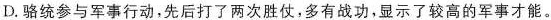
D.骆统参与军事行动，先后打了两次胜仗，多有战功，显示了较高的军事才能。